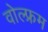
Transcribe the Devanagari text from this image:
वोल्फ्रम